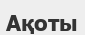
Ақоты